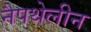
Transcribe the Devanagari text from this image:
नैपथेलीन